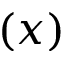
( x )